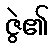
ဇွဲ၏